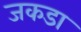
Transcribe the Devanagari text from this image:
जकडा